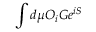
\int d \mu O _ { i } G e ^ { i S }